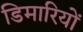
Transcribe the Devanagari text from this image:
डिमारियों